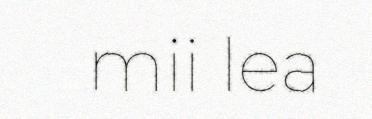
mii lea